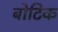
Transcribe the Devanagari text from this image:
बोटिक